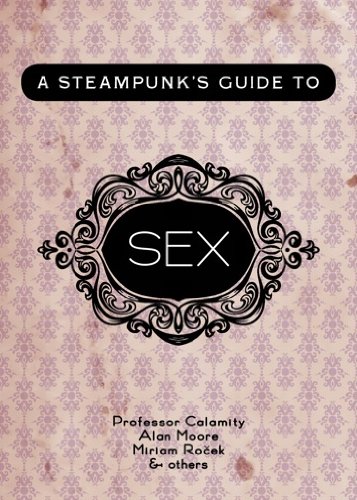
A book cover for A Steampunk's Guide to Sex (Steampunk's Guides); Professor Calamity; Health, Fitness & Dieting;